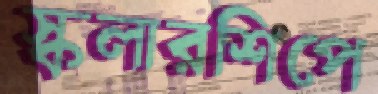
স্কলারশিপে